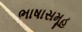
ભાષાસમૂહ